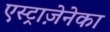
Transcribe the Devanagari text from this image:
एस्ट्राज़ेनेका